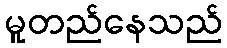
မူတည်နေသည်